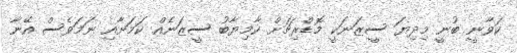
ކަވާނީ ބުނީ މިދިޔަ ސީޒަނަކީ މޮޑްރިޗަށް ކާމިޔާބު ސީޒަނެއް ކަމަށާއި ނަމަވެސް އޭނާ